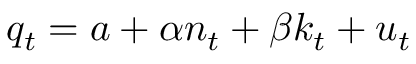
q _ { t } = a + \alpha n _ { t } + \beta k _ { t } + u _ { t }